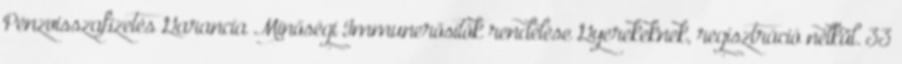
Pénzvisszafizetés Garancia Minőségi Immunerősítők rendelése Gyerekeknek, regisztráció nélkül. 33